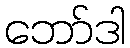
ဘော်ဒါ